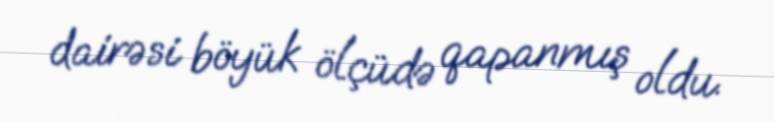
dairəsi böyük ölçüdə qapanmış oldu.